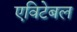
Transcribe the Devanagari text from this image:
एविटेबल